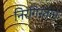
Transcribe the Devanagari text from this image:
निरंगिस्तान